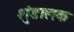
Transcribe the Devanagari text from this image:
शुंडालक